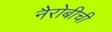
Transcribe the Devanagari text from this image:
नैरोबीची